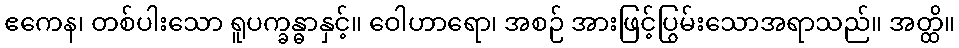
ဧကေန၊ တစ်ပါးသော ရူပက္ခန္ဓာနှင့်။ ဝေါဟာရော၊ အစဉ် အားဖြင့်ပြွမ်းသောအရာသည်။ အတ္ထိ။